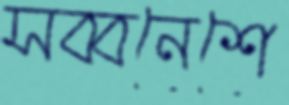
সব্বনেশে